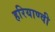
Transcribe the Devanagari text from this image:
हरियाण्वी